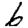
Digit: 6